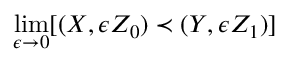
\operatorname* { l i m } _ { \epsilon \to 0 } [ ( X , \epsilon Z _ { 0 } ) \prec ( Y , \epsilon Z _ { 1 } ) ]